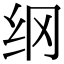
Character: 纲